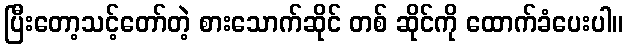
ပြီးတော့သင့်တော်တဲ့ စားသောက်ဆိုင် တစ် ဆိုင်ကို ထောက်ခံပေးပါ။